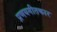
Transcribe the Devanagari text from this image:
प्रणयगीतकार